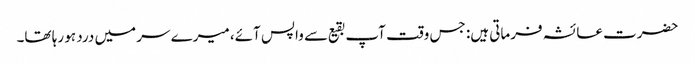
حضرت عائشہ فرماتی ہیں: جس وقت آپ بقیع سے واپس آئے، میرے سر میں درد ہو رہا تھا۔